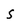
Character: s